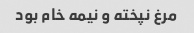
مرغ نپخته و نیمه خام بود